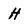
Character: H